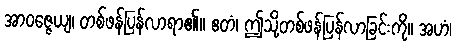
အာဝဇ္ဇေယျ၊ တစ်ဖန်ပြန်လာရာ၏။ ဧတံ၊ ဤသို့တစ်ဖန်ပြန်လာခြင်းကို။ အဟံ၊